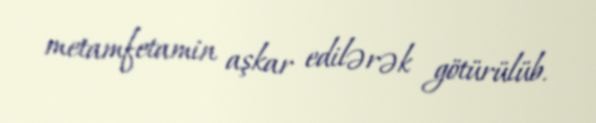
metamfetamin aşkar edilərək götürülüb.